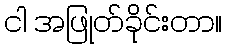
ငါ အဖြုတ်ခိုင်းတာ။